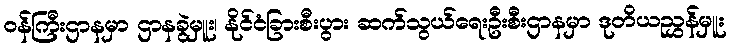
ဝန်ကြီးဌာနမှာ ဌာနခွဲမှူး၊ နိုင်ငံခြားစီးပွား ဆက်သွယ်ရေးဦးစီးဌာနမှာ ဒုတိယညွှန်မှူး